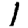
Digit: 1